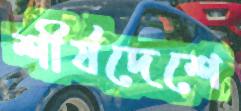
শীর্ষদেশে